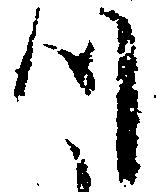
つ